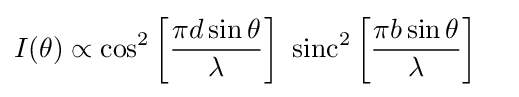
{\begin{aligned}I(\theta )&\propto \cos ^{2}\left[{\frac {\pi d\sin \theta }{\lambda }}\right]~\mathrm {sinc} ^{2}\left[{\frac {\pi b\sin \theta }{\lambda }}\right]\end{aligned}}